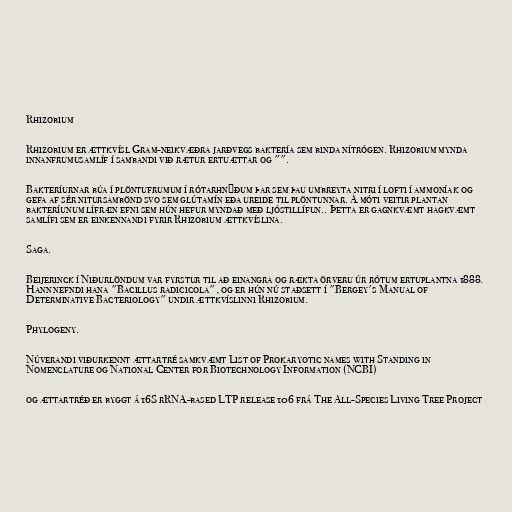
Rhizobium

Rhizobium er ættkvísl Gram-neikvæðra jarðvegs baktería sem binda nítrógen. Rhizobium mynda
innanfrumusamlíf í sambandi við rætur ertuættar og "".

Bakteríurnar búa í plöntufrumum í rótarhnýðum þar sem þau umbreyta nitri í lofti í ammoníak og
gefa af sér nitursambönd svo sem glútamín eða ureide til plöntunnar. Á móti veitir plantan
bakteríunum lífræn efni sem hún hefur myndað með ljóstillífun.. Þetta er gagnkvæmt hagkvæmt
samlífi sem er einkennandi fyrir Rhizobium ættkvíslina.

Saga.

Beijerinck í Niðurlöndum var fyrstur til að einangra og rækta örveru úr rótum ertuplantna 1888.
Hann nefndi hana "Bacillus radicicola", og er hún nú staðsett í "Bergey's Manual of
Determinative Bacteriology" undir ættkvíslinni Rhizobium.

Phylogeny.

Núverandi viðurkennt ættartré samkvæmt List of Prokaryotic names with Standing in
Nomenclature og National Center for Biotechnology Information (NCBI)

og ættartréð er byggt á 16S rRNA-based LTP release 106 frá The All-Species Living Tree Project